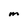
Character: M